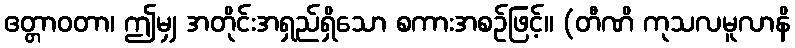
ဧတ္တာဝတာ၊ ဤမျှ အတိုင်းအရှည်ရှိသော စကားအစဉ်ဖြင့်။ (တီဏိ ကုသလမူလာနိ